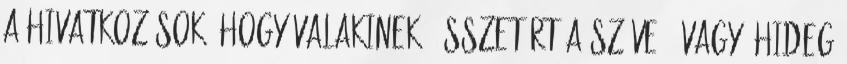
a hivatkozások, hogy valakinek "összetört a szíve", vagy "hideg